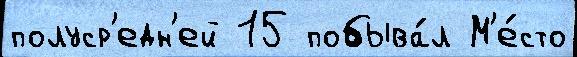
полуср'едн'ей 15 побыва́л М'е́сто